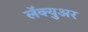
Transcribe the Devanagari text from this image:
लॅक्युअर